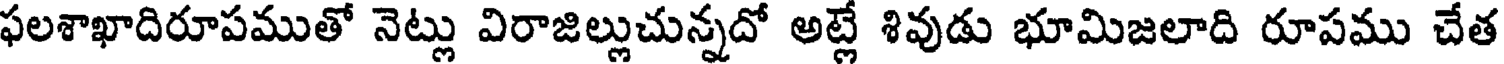
ఫలశాఖాదిరూపముతో నెట్లు విరాజిల్లుచున్నదో అట్లే శివుడు భూమిజలాది రూపము చేత